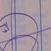
Signature authenticity: genuine